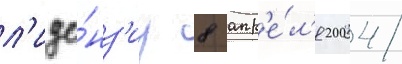
л'ице́нз'иу 8 апр'е́л'я 2004